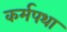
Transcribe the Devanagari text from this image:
कर्मपथा